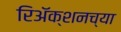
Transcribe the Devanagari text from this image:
रिअॅक्शनच्या